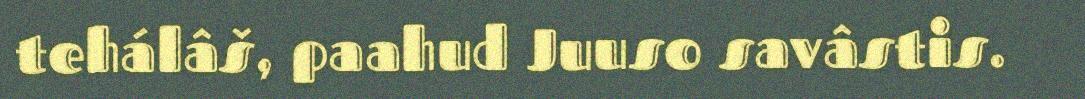
tehálâš, paahud Juuso savâstis.